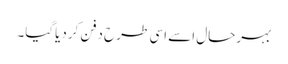
بہرحال اسے اسی طرح دفن کردیاگیا۔